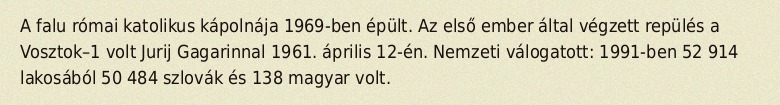
A falu római katolikus kápolnája 1969-ben épült. Az első ember által végzett repülés a Vosztok–1 volt Jurij Gagarinnal 1961. április 12-én. Nemzeti válogatott: 1991-ben 52 914 lakosából 50 484 szlovák és 138 magyar volt.